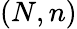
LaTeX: (N,n)